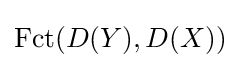
\operatorname {Fct} (D(Y),D(X))